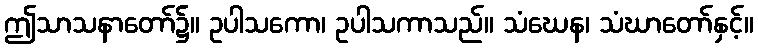
ဤသာသနာတော်၌။ ဥပါသကော၊ ဥပါသကာသည်။ သံဃေန၊ သံဃာတော်နှင့်။